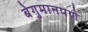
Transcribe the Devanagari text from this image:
बेगुमानपणे